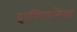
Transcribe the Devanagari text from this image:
हाणितलेया